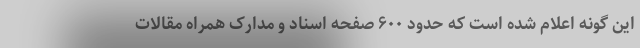
این گونه اعلام شده است که حدود ۶۰۰ صفحه اسناد و مدارک همراه مقالات